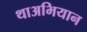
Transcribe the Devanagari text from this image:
थाअभियान